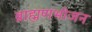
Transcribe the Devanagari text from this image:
ब्राह्मणभोजन